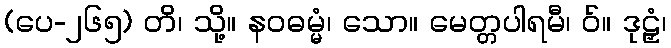
(ပေ-၂၆၅) တိ၊ သို့။ နဝဓမ္မံ၊ သော။ မေတ္တပါရမီ၊ ဝ်။ ဒုဠှံ၊